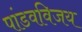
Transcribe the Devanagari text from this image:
पांडवविजय